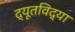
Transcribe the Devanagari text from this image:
द्यूतविद्या